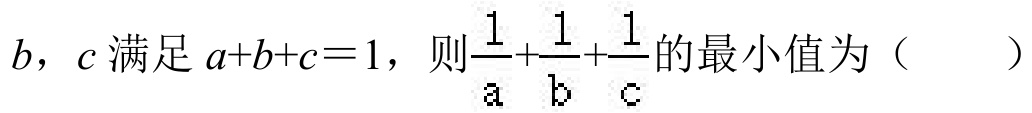
$b，c$满足$a + b + c = 1$，则$\frac{1}{a}+\frac{1}{b}+\frac{1}{c}$的最小值为（  ）